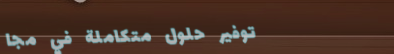
توفير حلول متكاملة في مجا